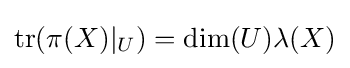
\operatorname {tr} (\pi (X)|_{U})=\dim(U)\lambda (X)